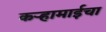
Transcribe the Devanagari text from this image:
कऱ्हामाईचा